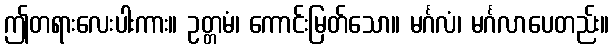
ဤတရားလေးပါးကား။ ဥတ္တမံ၊ ကောင်းမြတ်သော။ မင်္ဂလံ၊ မင်္ဂလာပေတည်း။